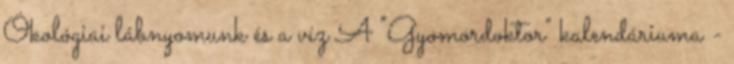
Ökológiai lábnyomunk és a víz A "Gyomordoktor" kalendáriuma -